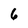
Character: 6